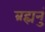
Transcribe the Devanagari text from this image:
ब्रह्मनुं